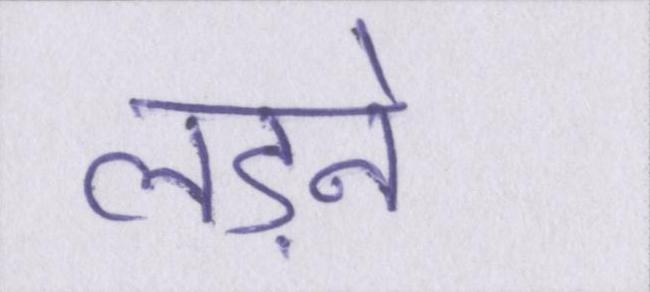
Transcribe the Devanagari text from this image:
लड़ने